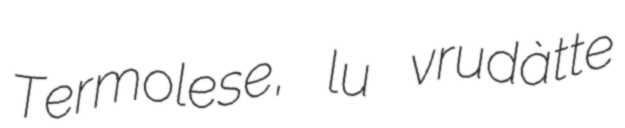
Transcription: Termolese, lu vrudàtte